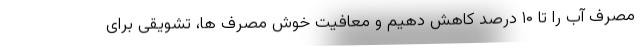
مصرف آب را تا ۱۰ درصد کاهش دهیم و معافیت خوش مصرف ها، تشویقی برای